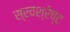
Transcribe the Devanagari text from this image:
स्रवश्रेष्ट